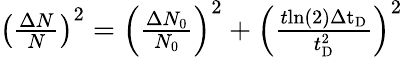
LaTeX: \begin{array}{r}{\left(\frac{\Delta N}{N}\right)^{2}=\left(\frac{\Delta N_{0}}{N_{0}}\right)^{2}+\left(\frac{t\mathrm{{ln}(2)\Delta t_{\mathrm{{D}}}}}{t_{\mathrm{{D}}}^{2}}\right)^{2}}\end{array}